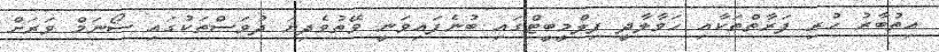
އިތުބާރު ހުރި ފަރާތްތަކާއި ހަވާލާދީ ފިލްމީބީޓްގައި ބުނެފައިވަނީ ވޭތުވެދިޔަ ދުވަސްތަކުގައި ސޯނަމް ވަރަށް